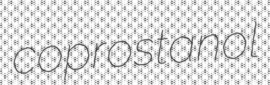
coprostanol